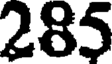
285